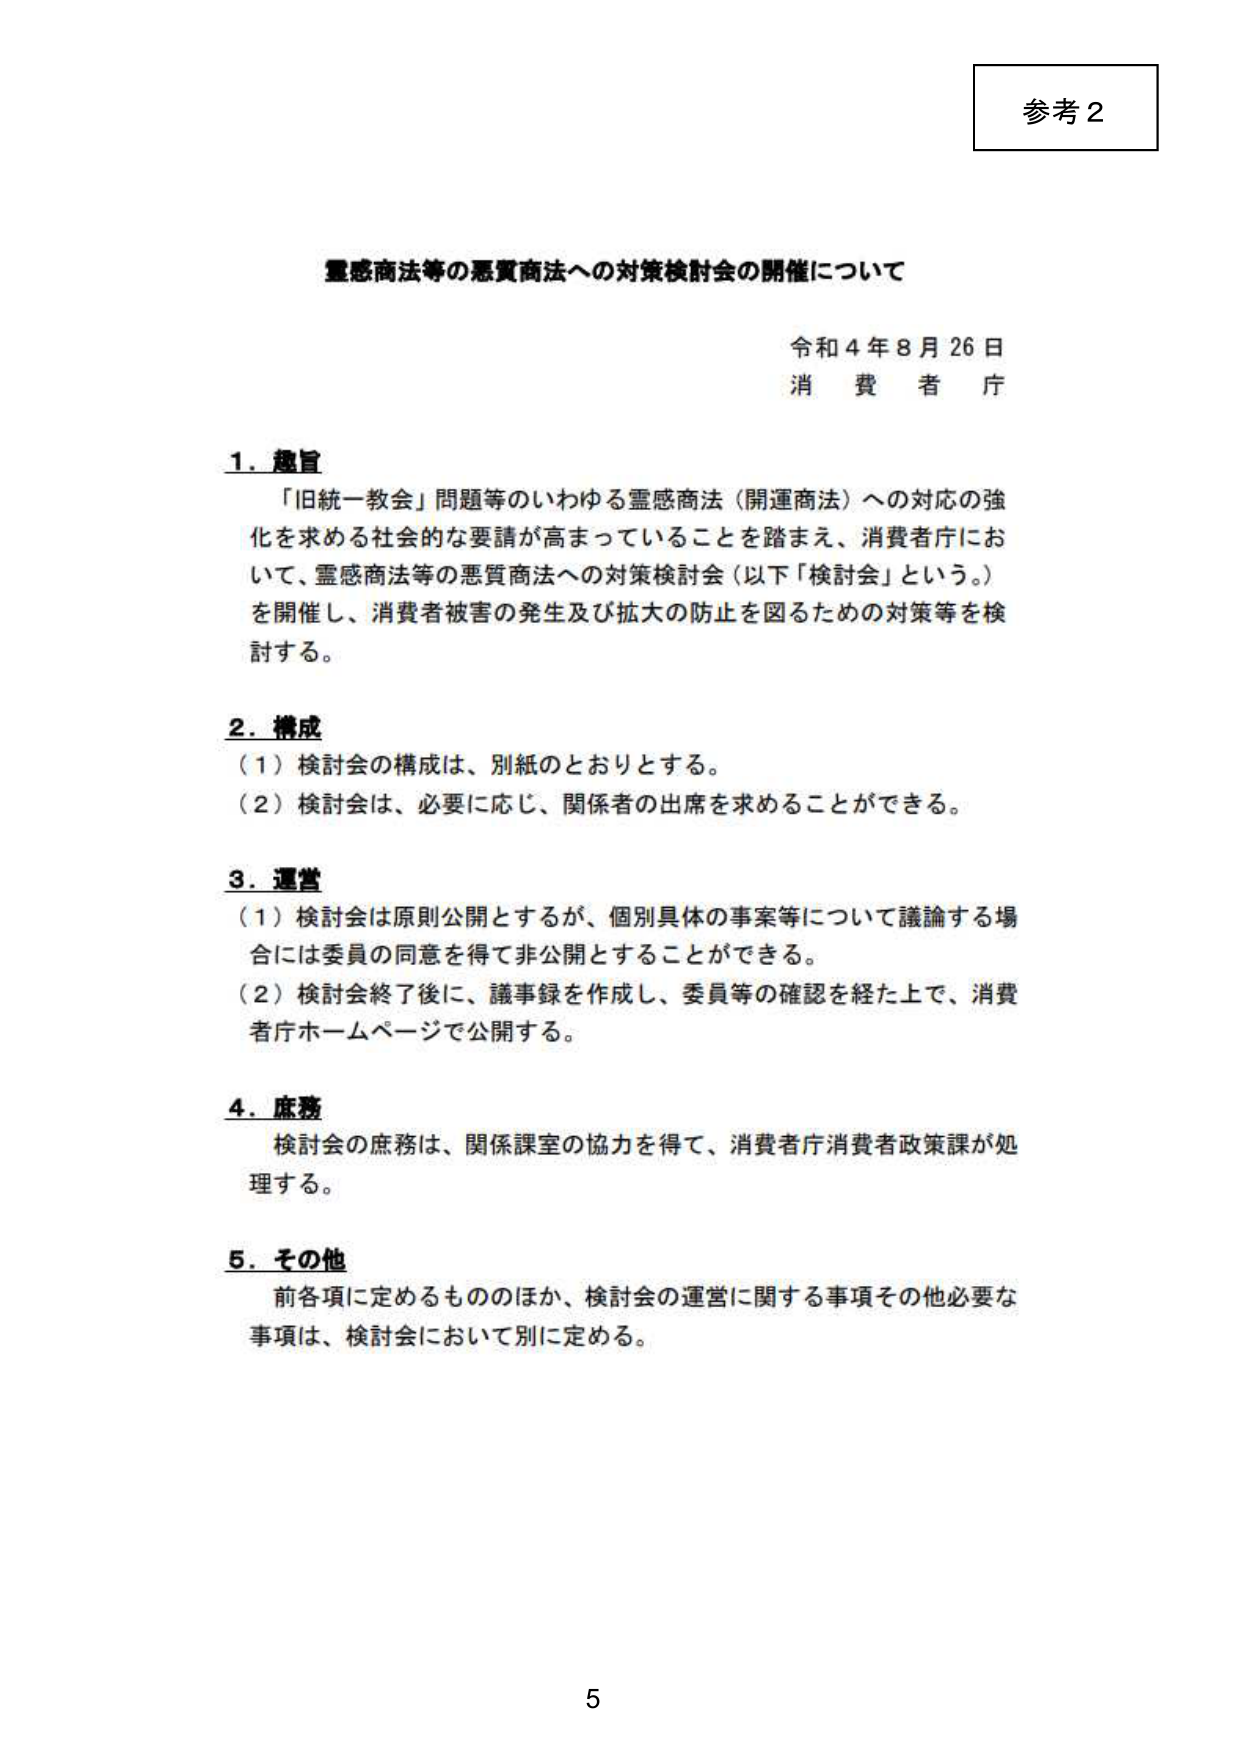
参考2

霊感商法等の悪質商法への対策検討会の開催について

令和4年8月26日
消費者庁

1．趣旨
「旧統一教会」問題等のいわゆる霊感商法（開運商法）への対応の強化を求める社会的な要請が高まっていることを踏まえ、消費者庁において、霊感商法等の悪質商法への対策検討会（以下「検討会」という。）を開催し、消費者被害の発生及び拡大の防止を図るための対策等を検討する。

2．構成
（1）検討会の構成は、別紙のとおりとする。
（2）検討会は、必要に応じ、関係者の出席を求めることができる。

3．運営
（1）検討会は原則公開とするが、個別具体の事案等について議論する場合には委員の同意を得て非公開とすることができる。
（2）検討会終了後に、議事録を作成し、委員等の確認を経た上で、消費者庁ホームページで公開する。

4．庶務
検討会の庶務は、関係課室の協力を得て、消費者庁消費者政策課が処理する。

5．その他
前各項に定めるもののほか、検討会の運営に関する事項その他必要な事項は、検討会において別に定める。

5